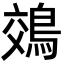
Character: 鵁